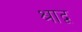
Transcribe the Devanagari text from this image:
श्राद्व